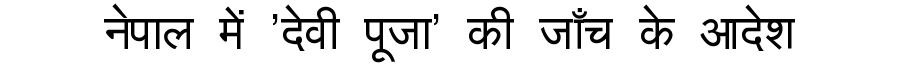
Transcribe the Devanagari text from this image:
नेपाल में 'देवी पूजा' की जाँच के आदेश